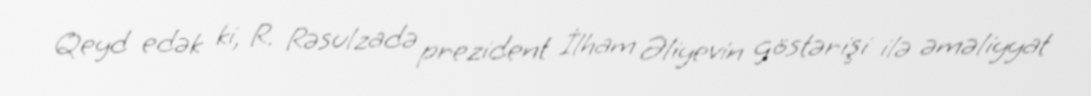
Qeyd edək ki, R. Rəsulzadə prezident İlham Əliyevin göstərişi ilə əməliyyat